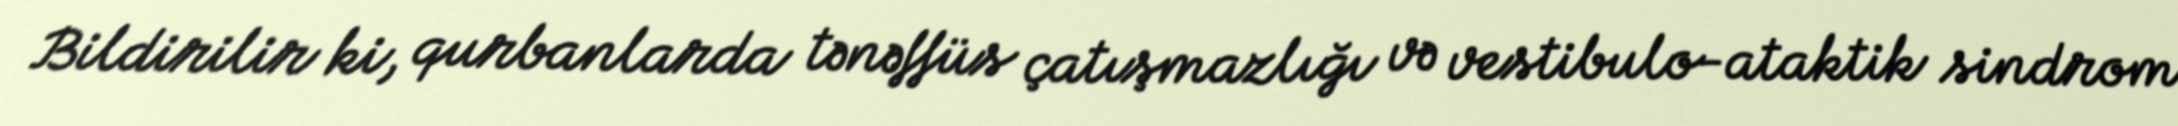
Bildirilir ki, qurbanlarda tənəffüs çatışmazlığı və vestibulo-ataktik sindrom